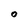
Character: O